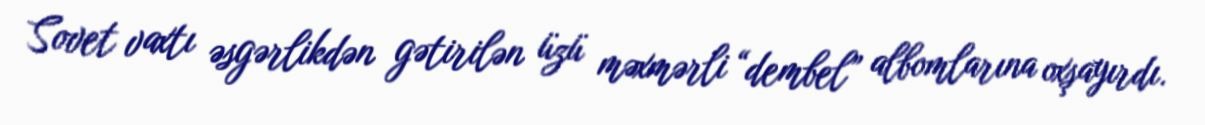
Sovet vaxtı əsgərlikdən gətirilən üzü məxmərli “dembel” albomlarına oxşayırdı.